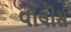
વોલીસ